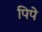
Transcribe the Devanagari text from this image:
पिपे